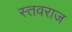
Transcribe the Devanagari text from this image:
स्तवराज